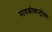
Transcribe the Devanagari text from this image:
मायक्रोकन्ट्रोलर